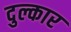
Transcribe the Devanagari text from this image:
दुल्कार